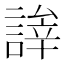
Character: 𬢹